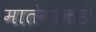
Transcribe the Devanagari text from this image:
मातंगांकडे